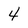
Character: 4